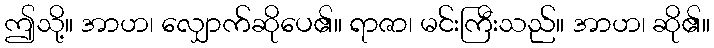
ဤသို့။ အာဟ၊ လျှောက်ဆိုပေ၏။ ရာဇာ၊ မင်းကြီးသည်။ အာဟ၊ ဆို၏။